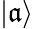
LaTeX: |\mathfrak{a}\rangle